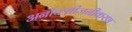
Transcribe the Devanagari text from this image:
अनॉक्सीजनीकरण